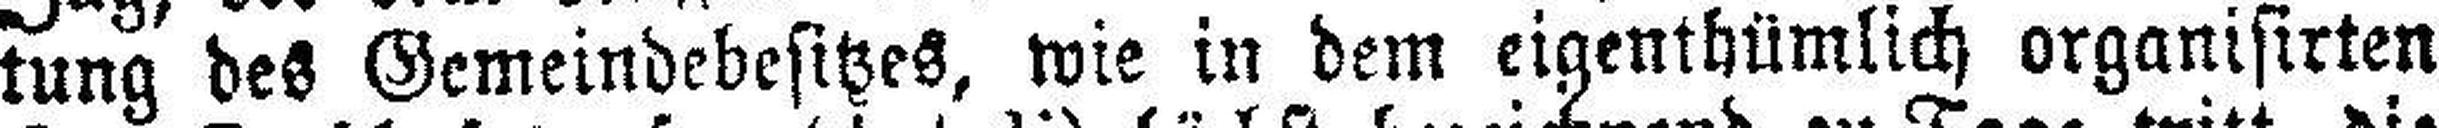
tung des Gemeindebesitzes, wie in dem eigenthümlich organisirten